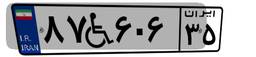
۸۷W۶۰۶۳۵